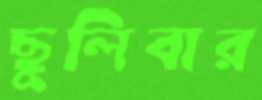
ছুলিবার